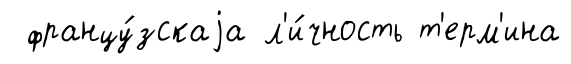
францу́зскаjа л'и́чность т'ерм'ина